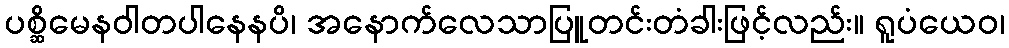
ပစ္ဆိမေနဝါတပါနေနပိ၊ အနောက်လေသာပြူတင်းတံခါးဖြင့်လည်း။ ရူပံယေဝ၊